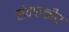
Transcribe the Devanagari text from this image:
संवातकीय